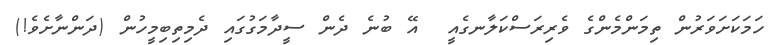
ހަމަކަށަވަރުން ތިމަންމެންގެ ވެރިރަސްކަލާނގެއީ  އޭ ބުނެ ދެން ސީދާމަގުގައި ދެމިތިބިމީހުން (ދަންނާށެވެ!)